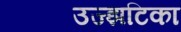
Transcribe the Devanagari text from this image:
उज्झटिका